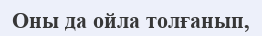
Оны да ойла толғанып,